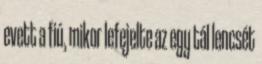
evett a fiú, mikor lefejelte az egy tál lencsét